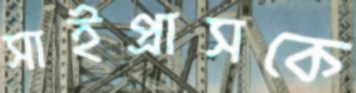
সাইপ্রাসকে